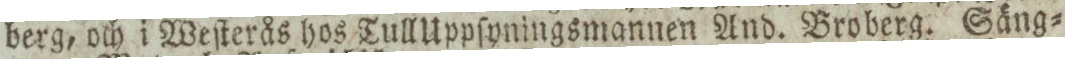
berg, och i Weſterås hos Tull Uppſyningsmannen And. Broberg. Säng=